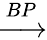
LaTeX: \xrightarrow{BP}